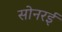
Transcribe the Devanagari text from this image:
सोनरई